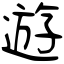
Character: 遊